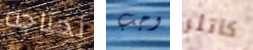
نحتاجه وجب كاتلر